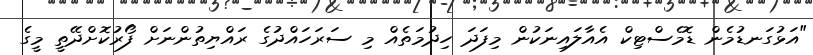
"އަޅުގަނޑުމެން ޑޮމެސްޓިކް އެއާލައިނަކުން މިފަދަ ހިދުމަތެއް މި ސަރަހައްދުގެ ރައްޔިތުންނަށް ފޯރުކޮށްދޭތީ މީގެ